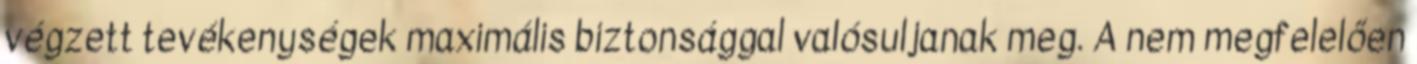
végzett tevékenységek maximális biztonsággal valósuljanak meg. A nem megfelelően